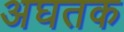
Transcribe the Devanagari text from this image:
अघतक